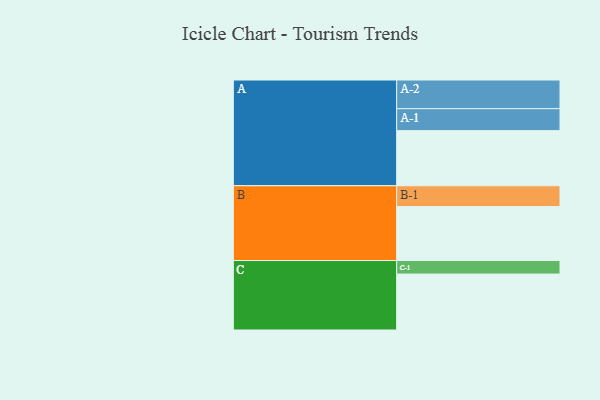
{"axis": {"x": "Segment", "y": "Value"}, "legend": ["", "A", "B", "C"], "data": [{"x": "A", "y": 521, "type": ""}, {"x": "B", "y": 510, "type": ""}, {"x": "C", "y": 529, "type": ""}, {"x": "A-1", "y": 208, "type": "A"}, {"x": "A-2", "y": 271, "type": "A"}, {"x": "B-1", "y": 197, "type": "B"}, {"x": "C-1", "y": 128, "type": "C"}]}